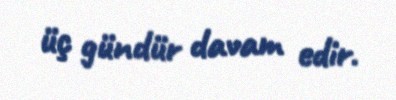
üç gündür davam edir.